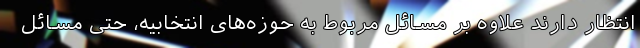
انتظار دارند علاوه بر مسائل مربوط به حوزه‌های انتخابیه، حتی مسائل